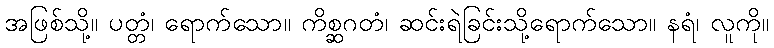
အဖြစ်သို့။ ပတ္တံ၊ ရောက်သော။ ကိစ္ဆဂတံ၊ ဆင်းရဲခြင်းသို့ရောက်သော။ နရံ၊ လူကို။